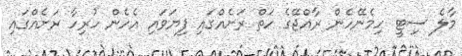
މާލެ ސިޓީ ހިމެނޭހެން ރާއްޖޭގެ ހަތް ރަށެއްގައި ފިޔަވައި އެހެން ހުރިހާ ރަށެެއްގަައި